Civil Veterinary Department. Madras. Admin. report 1910-25 - 1910-1925
Year: 1910
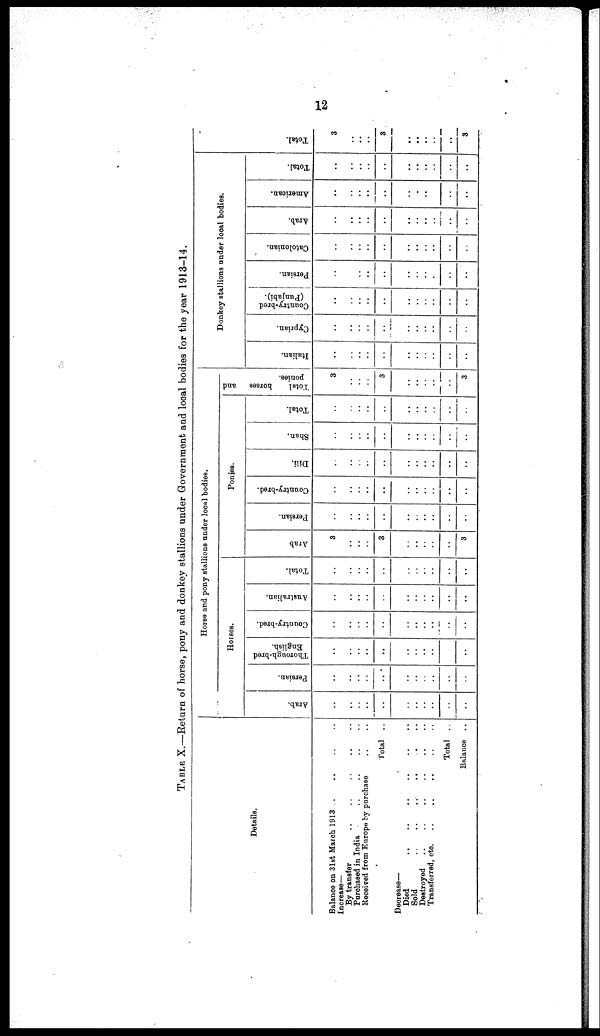
12
TABLE X.—Return of horse, pony and donkey stallions under Government, and local bodies for the year 1913-14.
Details.
Balance on 31st March 1913 .. ..
Increase—
By transfer
Purohased in India
Received from Europe by purchase
Deorease—
Died
..
..
..
..
Sold
..
..
..
..
Destroyed .. .. .. ..
Transferred, etc. .. .. ..
..
.. ..
.. ..
.. ..
Total ..
.. ..
.. ..
.. ..
.. ..
Total . .
Balance ..
Horse and pony stallions under local bodies.
Horses.
Arab.
..
..
..
..
..
..
..
..
..
..
..
Persian.
..
..
..
..
..
..
..
..
..
..
..
Thorough-bred
English.
..
..
..
..
..
..
..
..
..
..
..
Country-bred.
..
..
..
..
..
..
..
..
..
..
..
Australian.
..
..
..
..
..
..
..
..
..
..
..
Total.
..
..
..
..
..
..
..
..
..
..
..
Ponies.
Arab
3
..
..
..
3
..
..
..
..
..
3
Persian.
..
..
..
..
..
..
..
..
..
..
..
Counfcry-bred.
..
..
..
..
..
..
..
..
..
..
..
Dili.
..
..
..
..
..
..
..
..
..
..
..
Shan.
..
..
..
..
..
..
..
..
..
..
..
Total.
..
..
..
..
..
..
..
..
..
..
..
Total
horses
and
ponies.
3
..
..
..
3
..
..
..
..
..
3
Donkey stallions under local bodies.
Italian.
..
..
..
..
..
..
..
..
..
..
..
Cyprian.
..
..
..
..
..
..
..
..
..
..
..
Country-bred
(Punjabi).
..
..
..
..
..
..
..
..
..
..
..
Persian.
..
..
..
..
..
..
..
..
..
..
..
Catolonian.
..
..
..
..
..
..
..
..
..
..
..
Arab.
..
..
..
..
..
..
..
..
..
..
..
American.
..
..
..
..
..
..
..
..
..
..
..
Total.
..
..
..
..
..
..
..
..
..
..
..
Tot al .
3
..
..
..
3
..
..
..
..
..
3